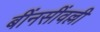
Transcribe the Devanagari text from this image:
बींनसींवल्ली